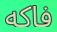
فاكه